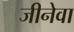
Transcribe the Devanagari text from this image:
जीनेवा